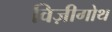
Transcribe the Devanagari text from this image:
विज़ीगोथ